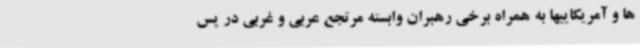
ها و آمریکاییها به همراه برخی رهبران وابسته مرتجع عربی و غربی در پس